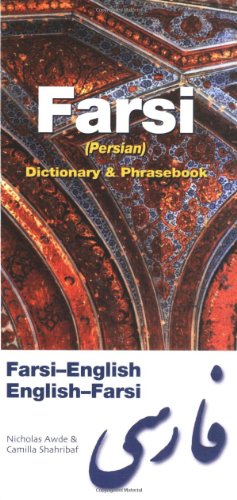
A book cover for Farsi Dictionary & Phrasebook: Farsi-English / English-Farsi (Hippocrene Dictionary & Phrasebooks); Nicholas Awde; Reference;